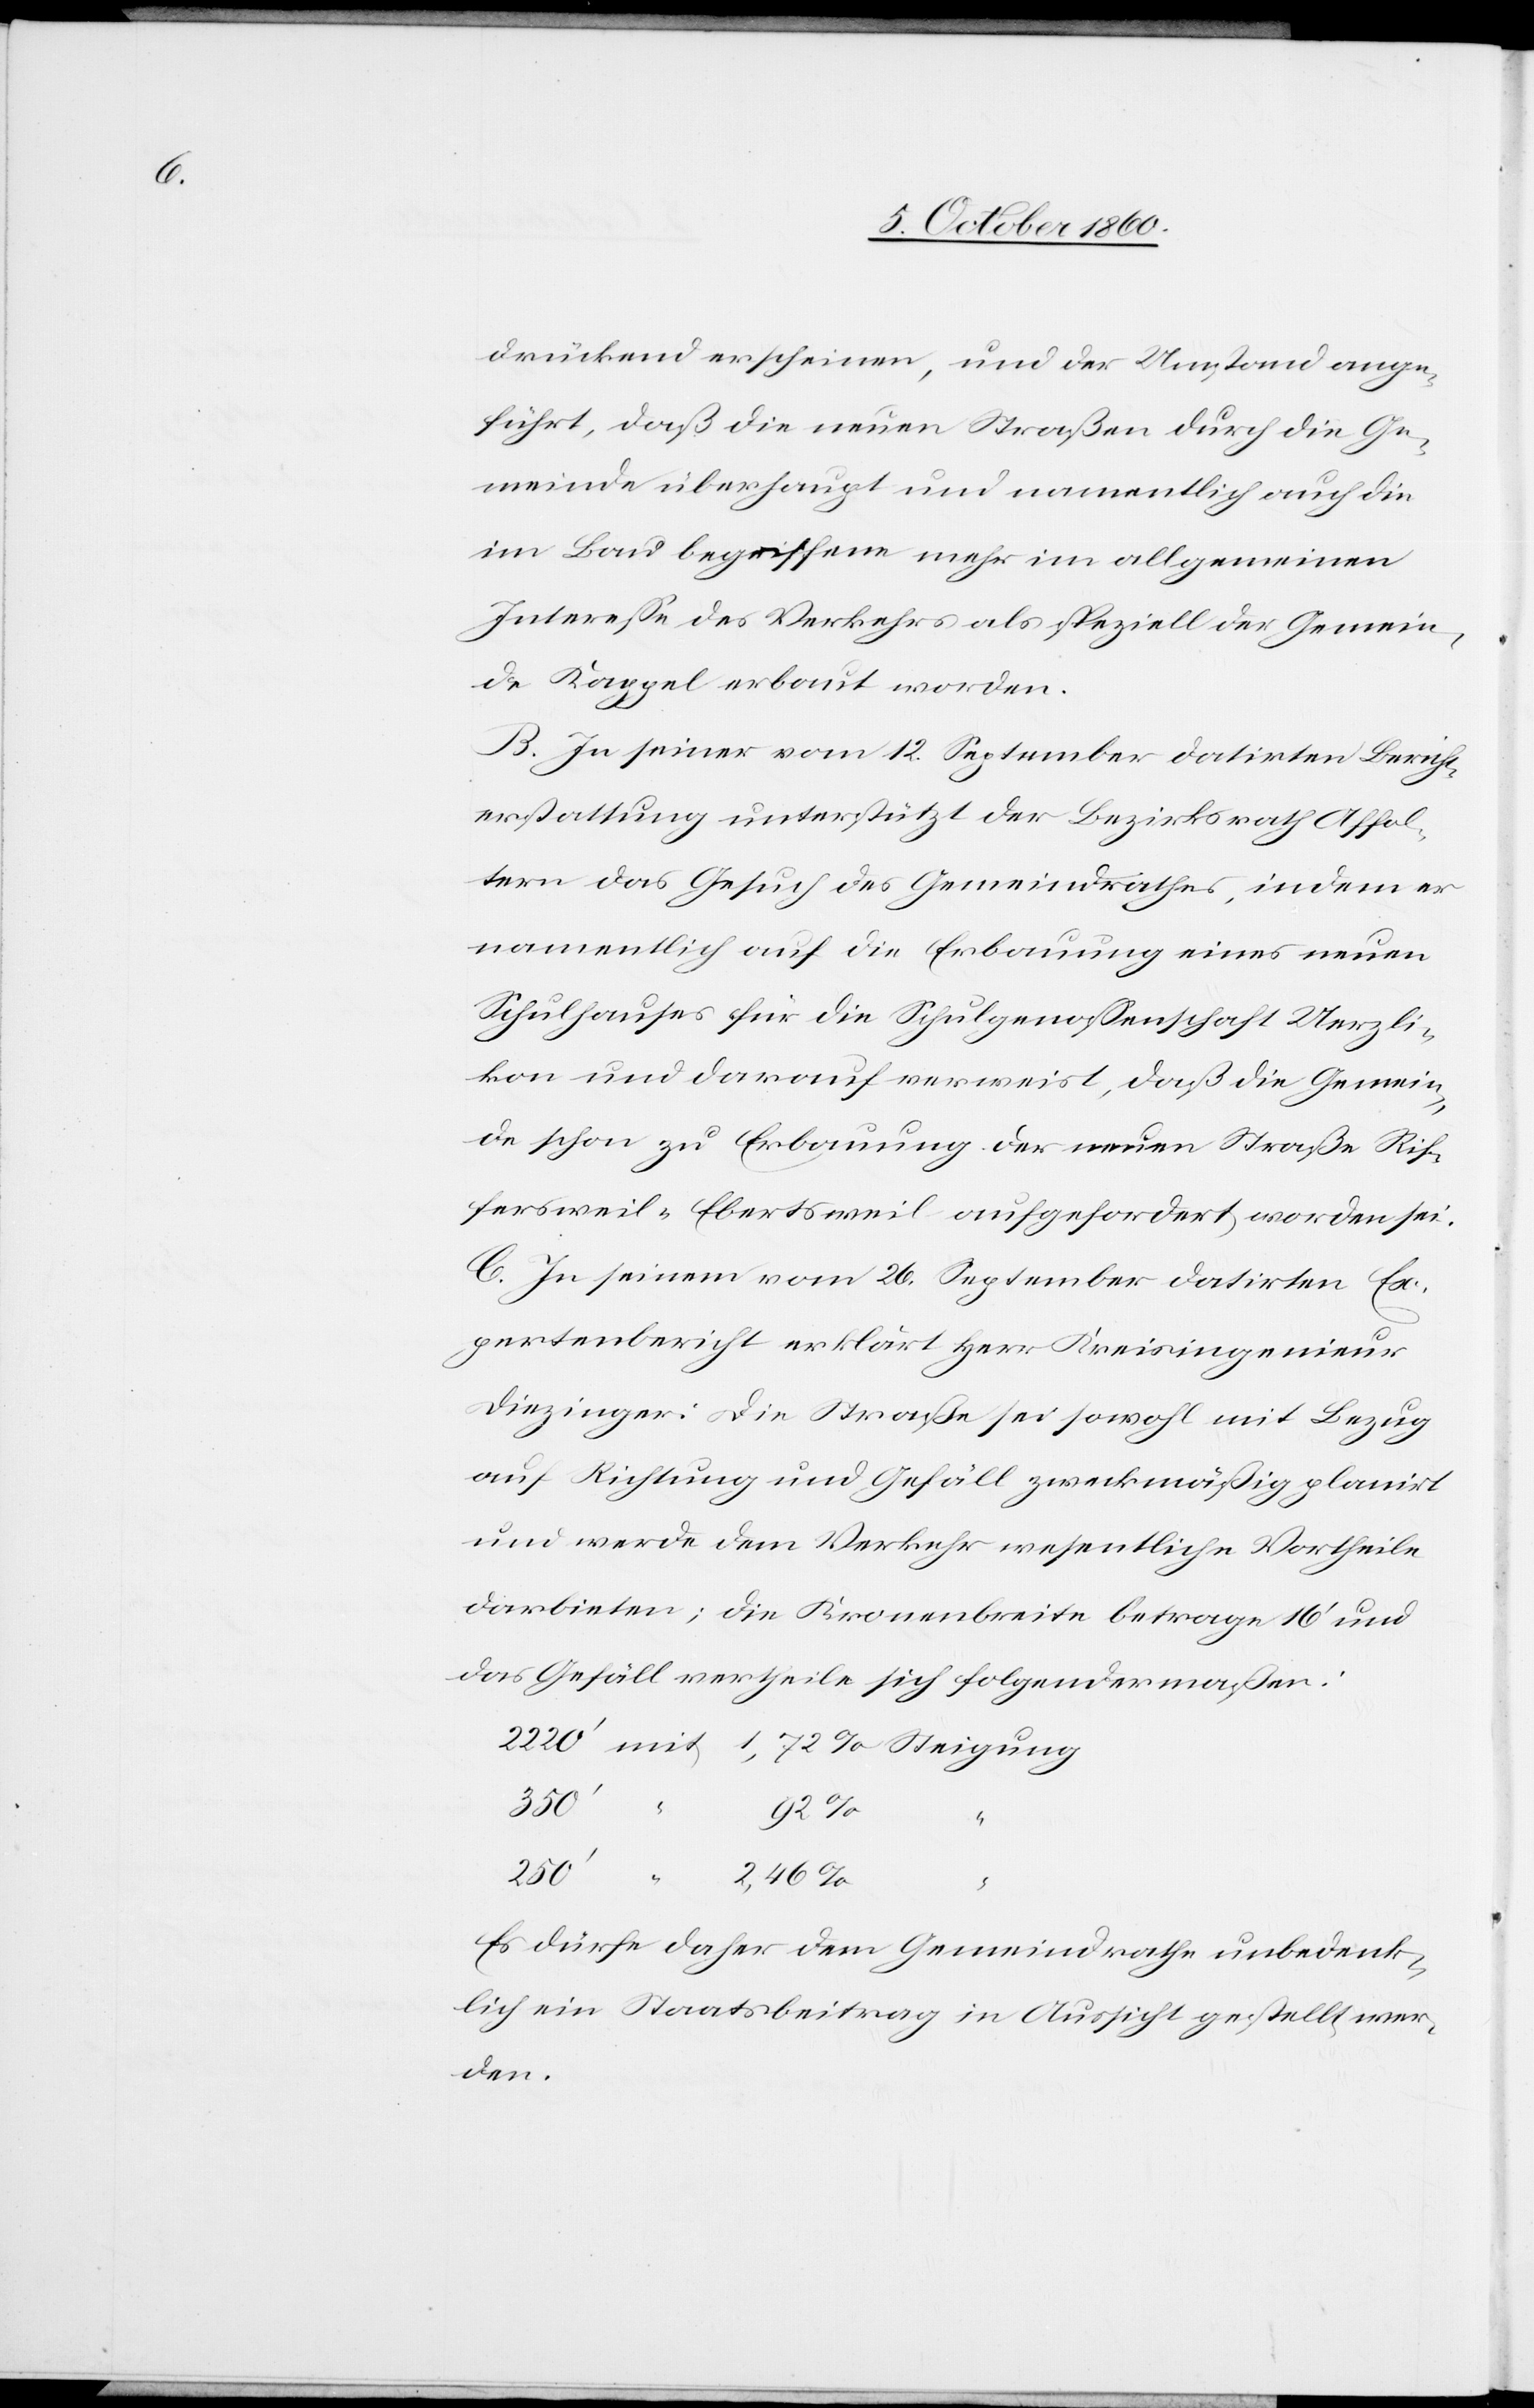
drückend erscheinen, und der Umstand ange¬
führt, daß die neuen Straßen durch die Ge¬
meinde überhaupt und namentlich auch die
im Bau begriffene mehr im allgemeinen
Interesse des Verkehrs als speziell der Gemein¬
de Kappel erbaut worden.
B. In seiner vom 12. September datirten Bericht¬
erstattung unterstützt der Bezirksrath Affol¬
tern das Gesuch des Gemeindrathes, indem er
namentlich auf die Erbauung eines neuen
Schulhauses für die Schulgenossenschaft Uerzli¬
kon und darauf verweist, daß die Gemein¬
de schon zu Erbauung der neuen Straße Rif¬
fersweil-Ebertsweil aufgefordert worden sei.
C. In seinem vom 26. September datirten Ex¬
pertenbericht erklärt Herr Kreisingenieur
Diezinger: Die Straße sei sowohl mit Bezug
auf Richtung und Gefäll zweckmäßig planirt
und werde dem Verkehr wesentliche Vortheile
darbieten; die Kronenbreite betrage 16’ und
das Gefäll vertheile sich folgendermaßen:
250’
“
Es dürfe daher dem Gemeindrathe unbedenk¬
lich ein Staatsbeitrag in Aussicht gestellt wer¬
den.